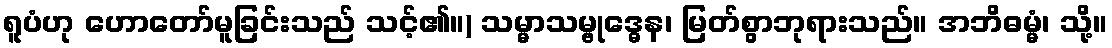
ရူပံဟု ဟောတော်မူခြင်းသည် သင့်၏။) သမ္မာသမ္ဗုဒ္ဓေန၊ မြတ်စွာဘုရားသည်။ အဘိဓမ္မံ၊ သို့။